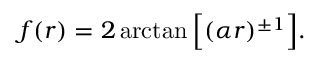
f ( r ) = 2 \arctan { \Bigl [ ( \alpha r ) ^ { \pm 1 } \Bigr ] } .